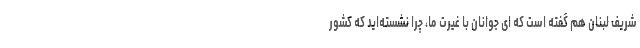
شریف لبنان هم گفته است که ای جوانان با غیرت ما، چرا نشسته‌اید که کشور